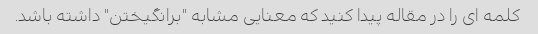
کلمه ای را در مقاله پیدا کنید که معنایی مشابه "برانگیختن" داشته باشد.